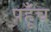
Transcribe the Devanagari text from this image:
पहूँच